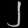
Digit: ၂